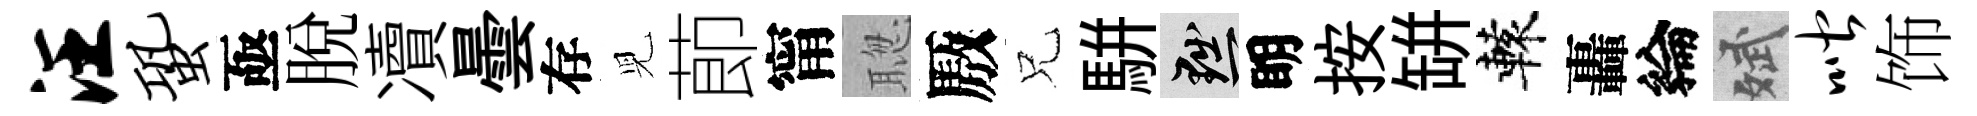
汪蛩亟脱凟曇存児莭甯聦厫兄駢黜眀按缾轅轟綸斌喈饰